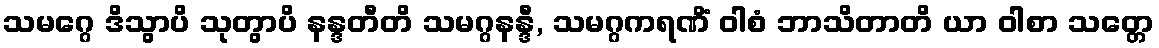
သမဂ္ဂေ ဒိသွာပိ သုတွာပိ နန္ဒတီတိ သမဂ္ဂနန္ဒီ, သမဂ္ဂကရဏိံ ဝါစံ ဘာသိတာတိ ယာ ဝါစာ သတ္တေ